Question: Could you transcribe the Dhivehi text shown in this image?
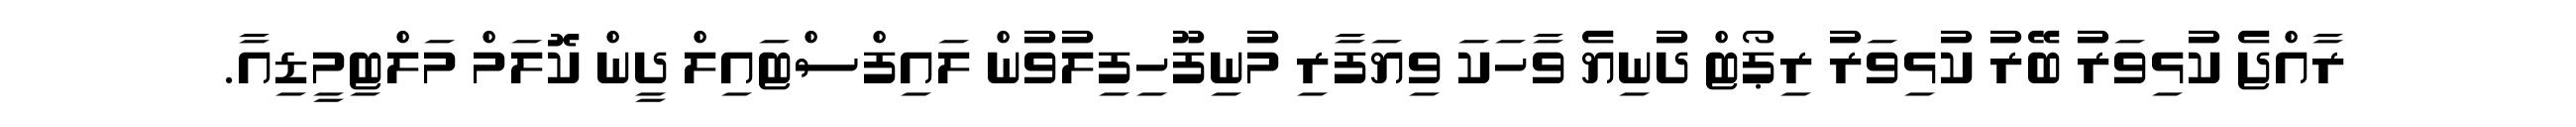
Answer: ރާއްޖެ ކުޅިވަރު ބޭރު ކުޅިވަރު ރިޕޯޓް ދުނިޔެ ވާހަކަ ވިޔަފާރި މުނިފޫހިފިލުވުން ލައިފްސްޓައިލް ދީން ކޮލަމް މަލްޓިމީޑިއާ.